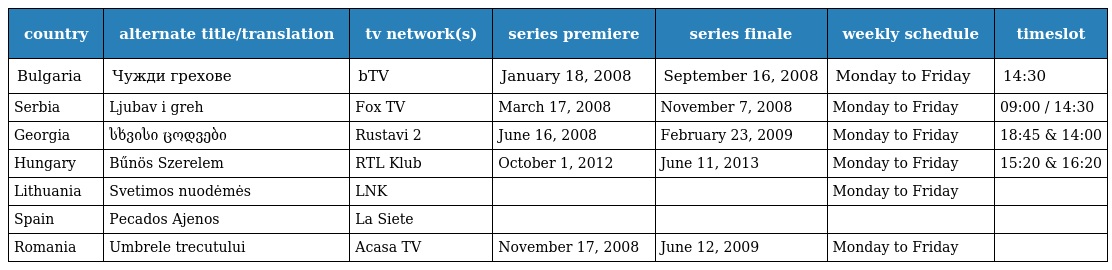
| country | alternate title/translation | tv network(s) | series premiere | series finale | weekly schedule | timeslot |
 | --- | --- | --- | --- | --- | --- | --- |
 | Bulgaria | Чужди грехове | bTV | January 18, 2008 | September 16, 2008 | Monday to Friday | 14:30 |
 | Serbia | Ljubav i greh | Fox TV | March 17, 2008 | November 7, 2008 | Monday to Friday | 09:00 / 14:30 |
 | Georgia | სხვისი ცოდვები | Rustavi 2 | June 16, 2008 | February 23, 2009 | Monday to Friday | 18:45 & 14:00 |
 | Hungary | Bűnös Szerelem | RTL Klub | October 1, 2012 | June 11, 2013 | Monday to Friday | 15:20 & 16:20 |
 | Lithuania | Svetimos nuodėmės | LNK |  |  | Monday to Friday |  |
 | Spain | Pecados Ajenos | La Siete |  |  |  |  |
 | Romania | Umbrele trecutului | Acasa TV | November 17, 2008 | June 12, 2009 | Monday to Friday |  |